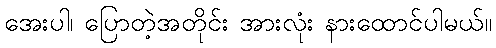
အေးပါ၊ ပြောတဲ့အတိုင်း အားလုံး နားထောင်ပါမယ်။